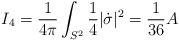
\begin{align*}I_4 = \frac{1}{4\pi}\int_{S^2} \frac{1}{4}|\dot\sigma|^2 = \frac{1}{36} A\end{align*}